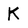
Character: K